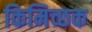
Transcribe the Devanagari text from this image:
किमिच्छक